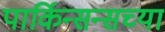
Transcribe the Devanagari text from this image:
पार्किन्सन्सच्या